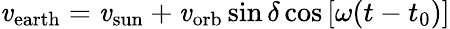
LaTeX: \mathit{v}_{\mathrm{{earth}}}=\mathit{v}_{\mathrm{{sun}}}+\mathit{v}_{\mathrm{{orb}}}\sin\delta\cos\left[\omega(t-t_{0})\right]